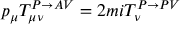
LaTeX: p _ { \mu } T _ { \mu \nu } ^ { P \rightarrow A V } = 2 m i T _ { \nu } ^ { P \rightarrow P V }